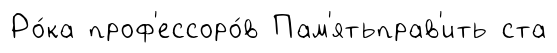
Ро́ка проф'ессоро́в Пам'ятьправ'ить ста